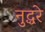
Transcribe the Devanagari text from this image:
नुद्धरे